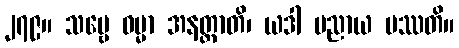
၂၇၉။ သဗ္ဗေ ဓမ္မာ အနတ္တာတိ၊ ယဒါ ပညာယ ပဿတိ။